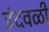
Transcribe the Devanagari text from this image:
इंदवळी